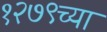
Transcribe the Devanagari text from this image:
१२७९च्या